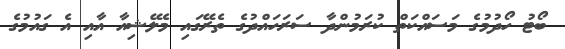
ބޯޓު ހޯދުމުގެ މަސައްކަތް ކުރަމުންދާ ސަރަހައްދުގެ ތެރޭގައި މެލޭޝިއާ އާއި އެ ގައުމުގެ